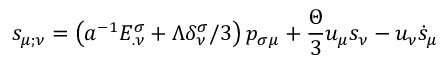
s _ { \mu ; \nu } = \left( a ^ { - 1 } E _ { . \nu } ^ { \sigma } + \Lambda \delta _ { \nu } ^ { \sigma } / 3 \right) p _ { \sigma \mu } + \frac { \Theta } { 3 } u _ { \mu } s _ { \nu } - u _ { \nu } \dot { s } _ { \mu }